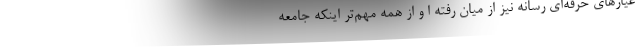
عيارهاي حرفه‌اي رسانه نيز از ميان رفته ا و از همه مهم‌تر اينكه جامعه